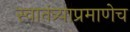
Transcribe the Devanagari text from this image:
स्वातंत्र्याप्रमाणेच